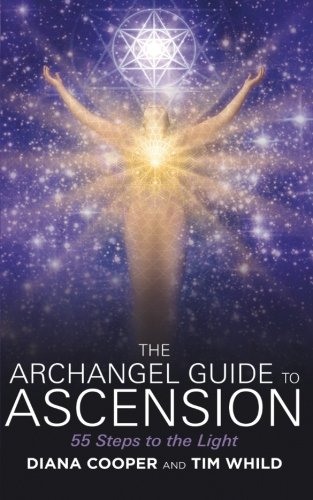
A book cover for The Archangel Guide to Ascension: 55 Steps to the Light; Diana Cooper; Religion & Spirituality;